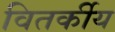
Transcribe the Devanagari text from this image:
वितर्कीय